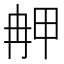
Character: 𤱣